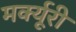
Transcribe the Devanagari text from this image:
मर्क्यूरी